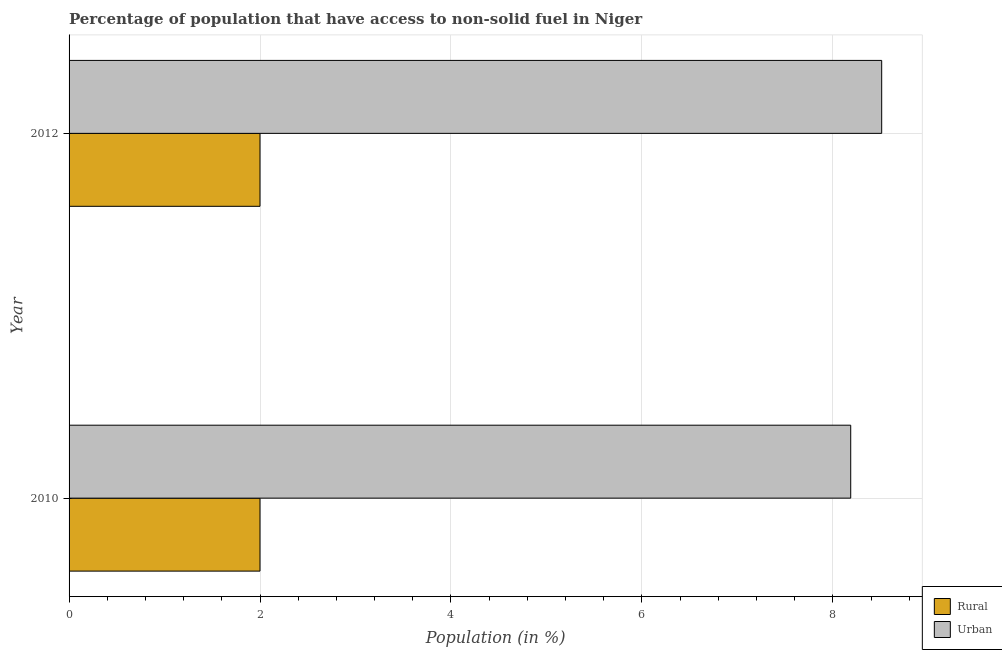
| Year | Rural | Urban |
 | --- | --- | --- |
 | 2010 | 2 | 8.19 |
 | 2012 | 2 | 8.51 |